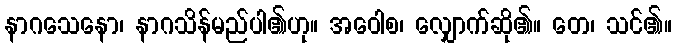
နာဂသေနော၊ နာဂသိန်မည်ပါ၏ဟု။ အဝေါစ၊ လျှောက်ဆို၏။ တေ၊ သင်၏။